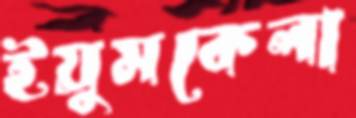
ইয়ুমকেলা